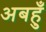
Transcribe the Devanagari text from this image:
अबहुँ